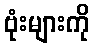
ဗုံးများကို